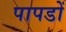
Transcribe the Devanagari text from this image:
पापडों